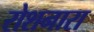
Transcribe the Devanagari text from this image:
रोशनारा